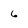
Character: 6